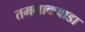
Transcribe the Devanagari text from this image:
तमनाकवाडा